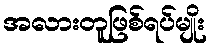
အလားတူဖြစ်ရပ်မျိုး